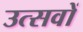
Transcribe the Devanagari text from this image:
उत्‍सवों